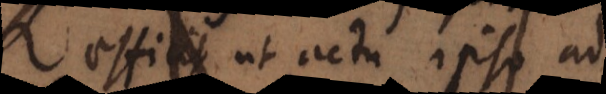
efficit ut actu ipso ad